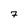
Character: 7